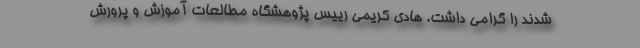
شدند را گرامی داشت. هادی کریمی رییس پژوهشگاه مطالعات آموزش و پرورش